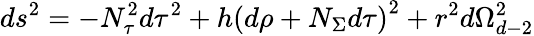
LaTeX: ds^{2}=-N_{\tau}^{2}d\tau^{2}+h\left(d\rho+N_{\Sigma}d\tau\right)^{2}+r^{2}d\Omega_{d-2}^{2}